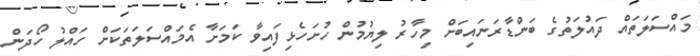
މައްސަލަތައް ދައުލަތުގެ ބަންޑާރަނައިބަށް މިހާރު ލިޔުމުން ހުށަހެޅިފައިވާ ކަމަށާ އެމައްސަލަތަކަށް ހައްލު ހޯދަން